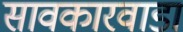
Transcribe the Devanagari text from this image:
सावकारवाडा